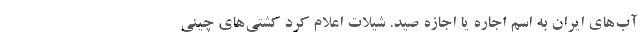
آب‌های ایران به اسم اجاره یا اجازه صید. شیلات اعلام کرد کشتی‌های چینی